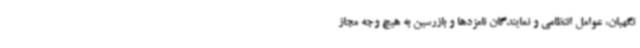
نگهبان، عوامل انتظامی و نمایندگان نامزدها و بازرسین به هیچ وجه مجاز